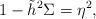
\begin{align*} 1-\tilde{h}^2\Sigma=\eta^2,\end{align*}